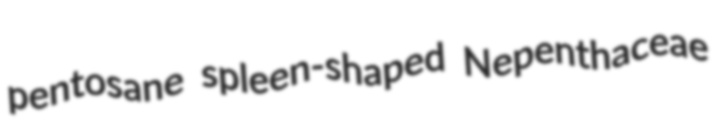
pentosane spleen-shaped Nepenthaceae